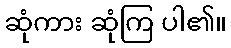
ဆုံကား ဆုံကြ ပါ၏။